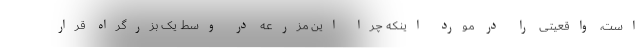
است، واقعیتی را در مورد اینکه چرا این مزرعه در وسط یک بزرگراه قرار